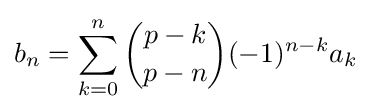
b_{n}=\sum _{k=0}^{n}{\binom {p-k}{p-n}}(-1)^{n-k}a_{k}